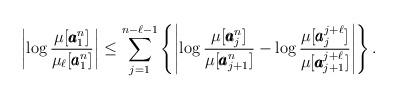
LaTeX: \begin{align*}\left|\log\frac{\mu[\pmb{a}_1^n]}{\mu_\ell[\pmb{a}_1^n]}\right|\leq\sum_{j=1}^{n-\ell-1}\left\{ \left|\log\frac{\mu[\pmb{a}_j^n]}{\mu[\pmb{a}_{j+1}^n]}- \log\frac{\mu[\pmb{a}_j^{j+\ell}]}{\mu[\pmb{a}_{j+1}^{j+\ell}]}\right| \right\}.\end{align*}